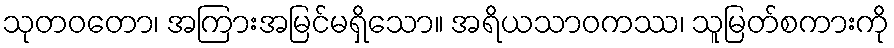
သုတဝတော၊ အကြားအမြင်မရှိသော။ အရိယသာဝကဿ၊ သူမြတ်စကားကို